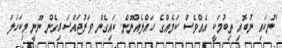
"ނުކައި ނުބޮއި ތިބުމަކީ އެއްވެސް ކަމެއްގެ ހައްލެއްނޫން. ކައިގެން ވަރުޖައްސައިގެން ނޫނީ މިކަހަލަ